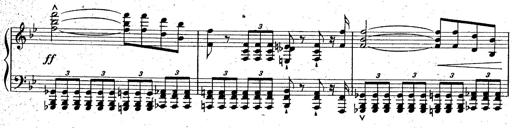
Title: La Marseillaise
Composer: Franz Liszt
Key: B-flat major